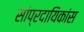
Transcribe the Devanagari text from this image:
सांप्रदायिकांस